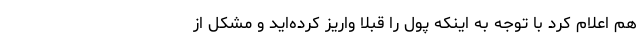
هم اعلام کرد با توجه به اینکه پول را قبلا واریز کرده‌اید و مشکل از